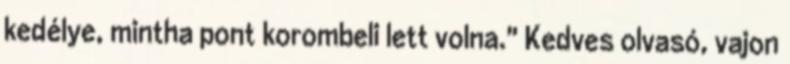
kedélye, mintha pont korombeli lett volna." Kedves olvasó, vajon